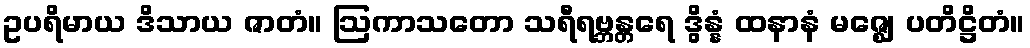
ဥပရိမာယ ဒိသာယ ဇာတံ။ ဩကာသတော သရီရဗ္ဘန္တရေ ဒွိန္နံ ထနာနံ မဇ္ဈေ ပတိဋ္ဌိတံ။